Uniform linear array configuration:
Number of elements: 4
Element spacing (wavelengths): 1
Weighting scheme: hann
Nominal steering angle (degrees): -45
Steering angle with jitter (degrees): -43.549
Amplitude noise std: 0.05
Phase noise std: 0.05

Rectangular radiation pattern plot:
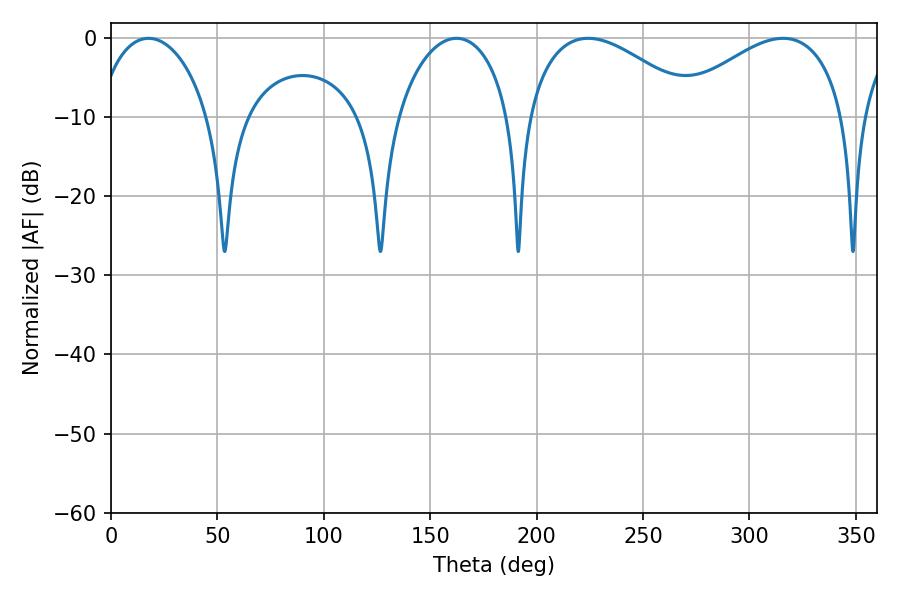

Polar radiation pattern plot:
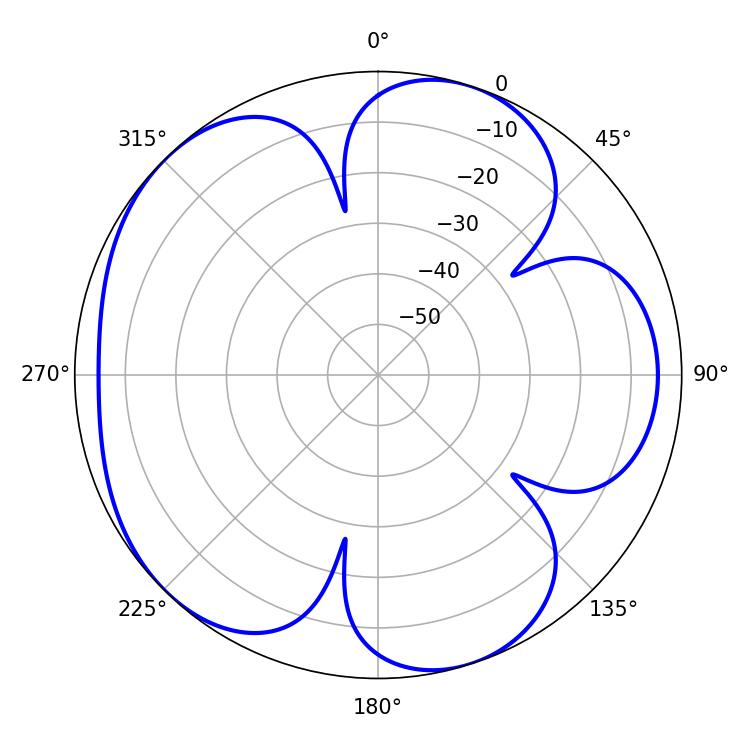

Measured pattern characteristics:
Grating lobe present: TRUE
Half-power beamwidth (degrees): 30.42
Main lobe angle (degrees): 17.64